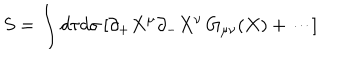
LaTeX: S = \int d \tau d \sigma \, [ \partial _ { + } X ^ { \mu } \partial _ { - } X ^ { \nu } \, G _ { \mu \nu } ( X ) + \cdots ]